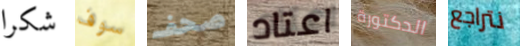
شكرا سوف صحف اعتاد الدكتورة نتراجع